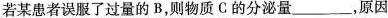
若某患者误服了过量的B，则物质C的分泌量___，原因